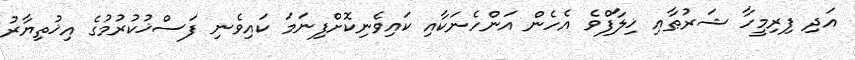
އަދި ފިރިމީހާ ޝަރުޠާއި ޚިލާފްވެ އެހެން އަންހެނަކާއި ކައިވެނިކޮށްފިނަމަ ކައިވެނި ފަސްޚުކުރުމުގެ އިޚުތިޔާރު